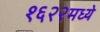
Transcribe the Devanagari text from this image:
१६२२मध्ये